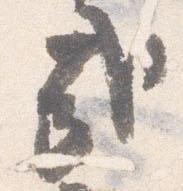
哉